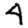
Digit: 4